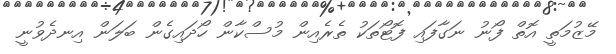
މޭޒުމަތީ އޮތް ފޯނު ނަގާފައި ފޮޓޯތަކު ތެރެއިން މުސްކާން ހޯދައިގެން ބަލަން އިނދެވުނީ